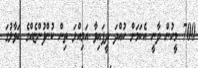
700 މީހުން ދާނީ އެކަމަށް ހުއްދަ ދީފައިވާ އަމިއްލަ ތިން ކުންފުންޏެއްގެ ހަވާލުގަ